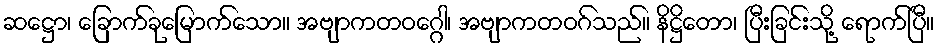
ဆဋ္ဌော၊ ခြောက်ခုမြောက်သော။ အဗျာကတဝဂ္ဂေါ၊ အဗျာကတဝဂ်သည်။ နိဋ္ဌိတော၊ ပြီးခြင်းသို့ ရောက်ပြီ။